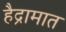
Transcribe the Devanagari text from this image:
हैद्रामात